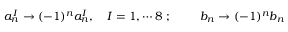
a _ { n } ^ { I } \rightarrow ( - 1 ) ^ { n } a _ { n } ^ { I } , ~ ~ ~ I = 1 , \cdots 8 ~ ; ~ ~ ~ ~ ~ ~ ~ b _ { n } \rightarrow ( - 1 ) ^ { n } b _ { n }